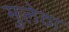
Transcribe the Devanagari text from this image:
मुलेठा